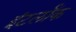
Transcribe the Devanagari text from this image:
इंटर्लॉक